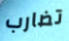
تضارب